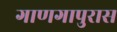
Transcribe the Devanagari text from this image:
गाणगापुरास